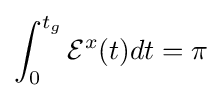
\int _{0}^{t_{g}}{\mathcal {E}}^{x}(t)dt=\pi